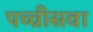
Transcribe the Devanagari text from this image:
पच्चीसवा